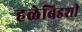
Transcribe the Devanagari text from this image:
हळेबिडशी